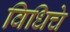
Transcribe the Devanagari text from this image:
विधिचे